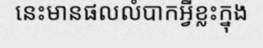
នេះមានផលលំបាកអ្វីខ្លះក្នុង